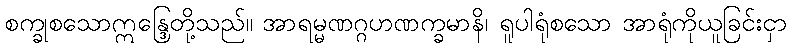
စက္ခုစသောဣန္ဒြေတို့သည်။ အာရမ္မဏဂ္ဂဟဏက္ခမာနိ၊ ရူပါရုံစသော အာရုံကိုယူခြင်းငှာ